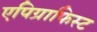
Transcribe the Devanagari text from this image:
एपिग्राफिस्ट